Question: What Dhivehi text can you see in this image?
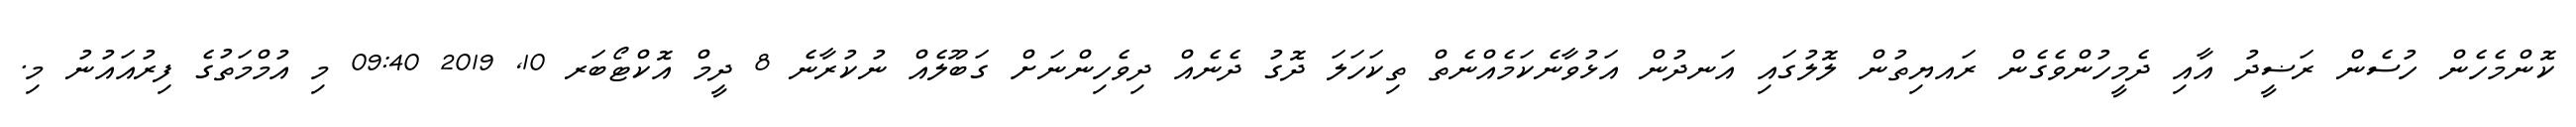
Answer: ކޮންމެހެން ހުސެން ރަޟީދު އާއި ދެމީހުންވެގެން ރައޔިތުން ލޮލުގައި އަނދުން އަޅުވާނެކަމެއްނެތް ތިކަހަލަ ދޮގު ދެނެއް ދިވެހިންނަށް ގަބޫލެއް ނުކުރާނެ 8 ދީމް އޮކްޓޯބަރ 10, 2019 09:40 މި އުމްމަތުގެ ފިރުއައުނު މި.